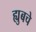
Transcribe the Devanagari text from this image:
ह्युबचे